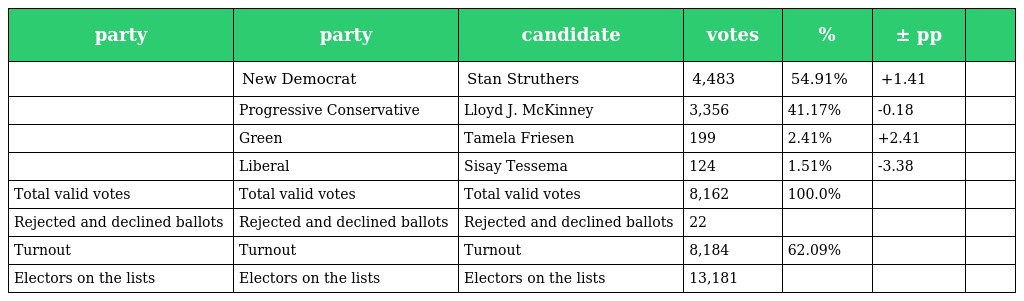
| party | party | candidate | votes | % | ± pp |  |
 | --- | --- | --- | --- | --- | --- | --- |
 |  | New Democrat | Stan Struthers | 4,483 | 54.91% | +1.41 |  |
 |  | Progressive Conservative | Lloyd J. McKinney | 3,356 | 41.17% | -0.18 |  |
 |  | Green | Tamela Friesen | 199 | 2.41% | +2.41 |  |
 |  | Liberal | Sisay Tessema | 124 | 1.51% | -3.38 |  |
 | Total valid votes | Total valid votes | Total valid votes | 8,162 | 100.0% |  |  |
 | Rejected and declined ballots | Rejected and declined ballots | Rejected and declined ballots | 22 |  |  |  |
 | Turnout | Turnout | Turnout | 8,184 | 62.09% |  |  |
 | Electors on the lists | Electors on the lists | Electors on the lists | 13,181 |  |  |  |